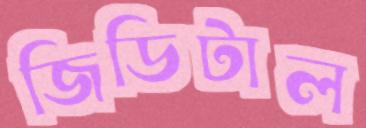
জিডিটাল